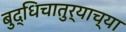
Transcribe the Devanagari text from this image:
बुद्धिचातुर्याच्या